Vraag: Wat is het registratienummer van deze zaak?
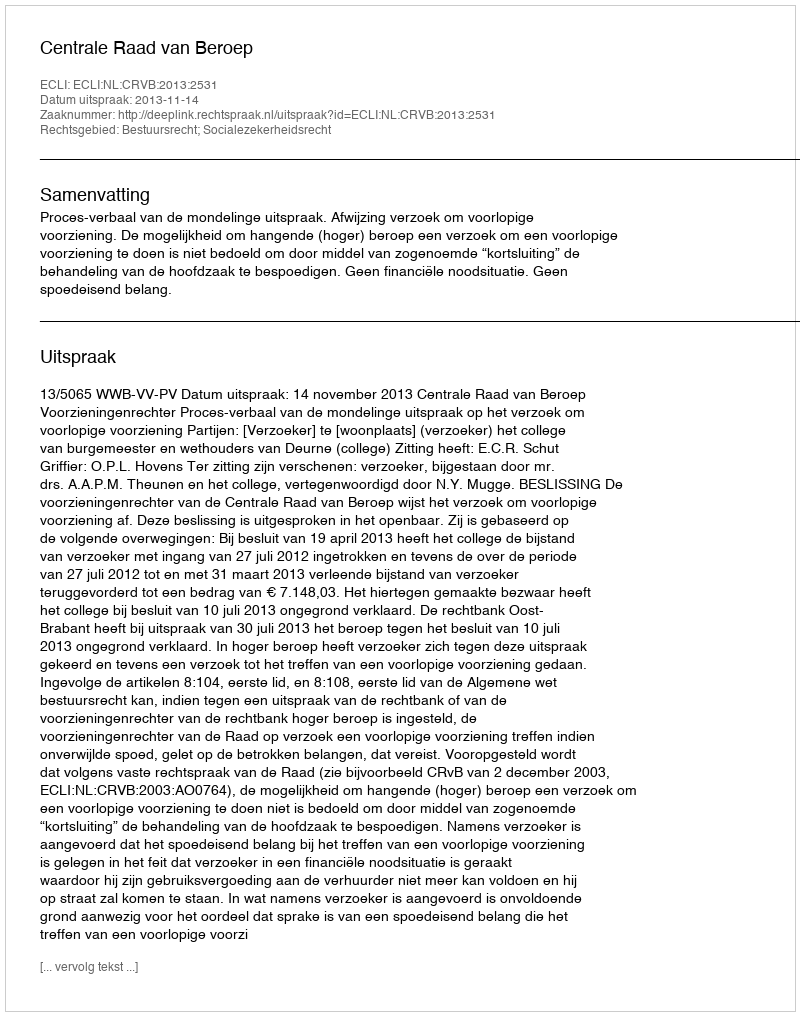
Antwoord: http://deeplink.rechtspraak.nl/uitspraak?id=ECLI:NL:CRVB:2013:2531